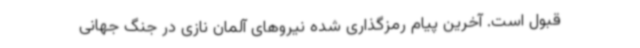
قبول است. آخرین پیام رمزگذاری شده نیروهای آلمان نازی در جنگ جهانی